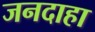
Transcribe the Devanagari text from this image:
जनदाहा